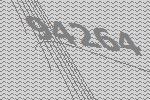
94264